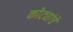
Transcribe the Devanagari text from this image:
कोट्यांचे